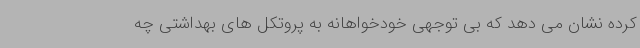
کرده نشان می دهد که بی توجهی خودخواهانه به پروتکل های بهداشتی چه